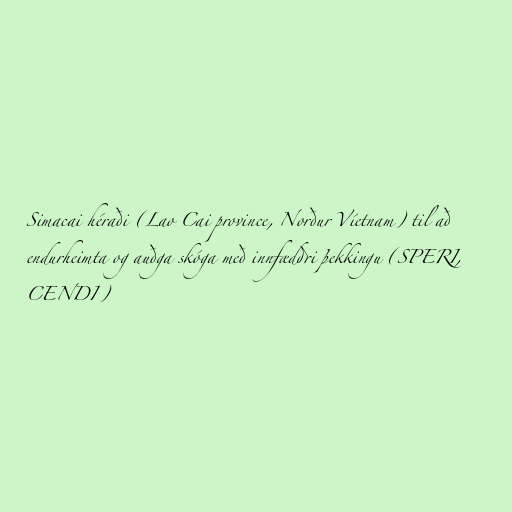
Simacai héraði (Lao Cai province, Norður Víetnam) til að
endurheimta og auðga skóga með innfæddri þekkingu (SPERI,
CENDI)